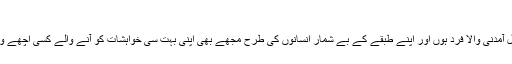
لیاقت علی بہاولپور
میں متوسط طبقے کا ایک قلیل آمدنی والا فرد ہوں اور اپنے طبقے کے بے شمار انسانوں کی طرح مجھے بھی اپنی بہت سی خواہشات کو آنے والے کسی اچھے وقت تک ملتوی کرنا پڑتا ہے۔